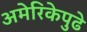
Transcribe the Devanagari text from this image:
अमेरिकेपुढे